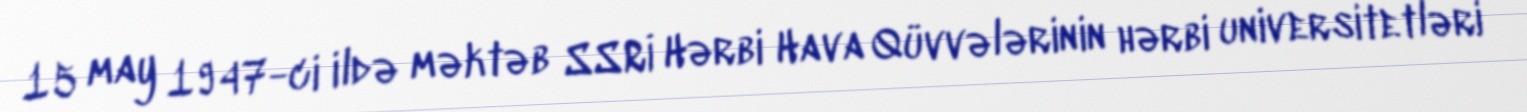
15 may 1947-ci ildə məktəb SSRİ Hərbi Hava Qüvvələrinin hərbi universitetləri